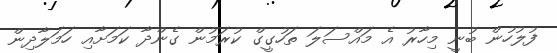
ފުލުހުން ބުނީ މިހާރު އެ މައްސަލަ ތަހުގީގް ކުރަމުން ގެންދާ ކަމަށާއި ހަމަލާދިން